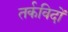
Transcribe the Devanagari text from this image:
तर्कविदों